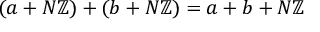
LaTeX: ( a + N \mathbb { Z } ) + ( b + N \mathbb { Z } ) = a + b + N \mathbb { Z }